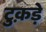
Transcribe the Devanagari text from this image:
टुक़ड़े